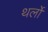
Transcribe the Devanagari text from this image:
थर्लो